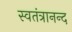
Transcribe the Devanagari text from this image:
स्वतंत्रानन्द